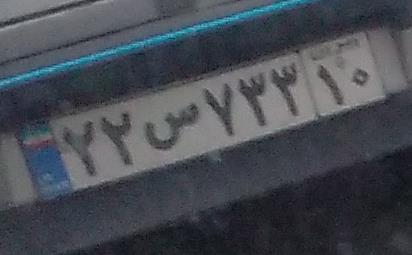
۲۲س۷۳۳۱۰